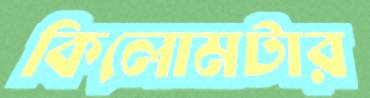
কিলোমটার